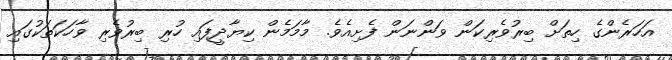
އަހަރެންގެ ހިތަށް ބިރުވެރިކަން ވަންނަން ފެށިއެވެ. މާމަމެން ކިޔާދީފައި ހުރި ބިރުވެރި ވާހަކަތަކުގައި